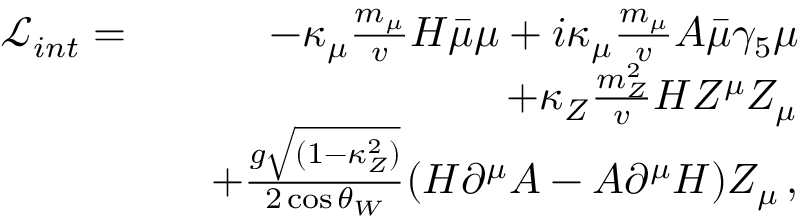
\begin{array} { r l r } { \mathcal { L } _ { i n t } = } & { } & { - \kappa _ { \mu } \frac { m _ { \mu } } { v } H \bar { \mu } \mu + i \kappa _ { \mu } \frac { m _ { \mu } } { v } A \bar { \mu } \gamma _ { 5 } \mu } \\ & { } & { + \kappa _ { Z } \frac { m _ { Z } ^ { 2 } } { v } H Z ^ { \mu } Z _ { \mu } } \\ & { } & { + \frac { g \sqrt { ( 1 - \kappa _ { Z } ^ { 2 } ) } } { 2 \cos \theta _ { W } } ( H \partial ^ { \mu } A - A \partial ^ { \mu } H ) Z _ { \mu } \, , } \end{array}